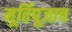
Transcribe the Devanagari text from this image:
मूर्तिपूजाच